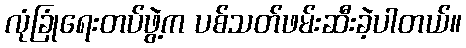
လုံခြုံရေးတပ်ဖွဲ့က ပစ်သတ်ဖမ်းဆီးခဲ့ပါတယ်။